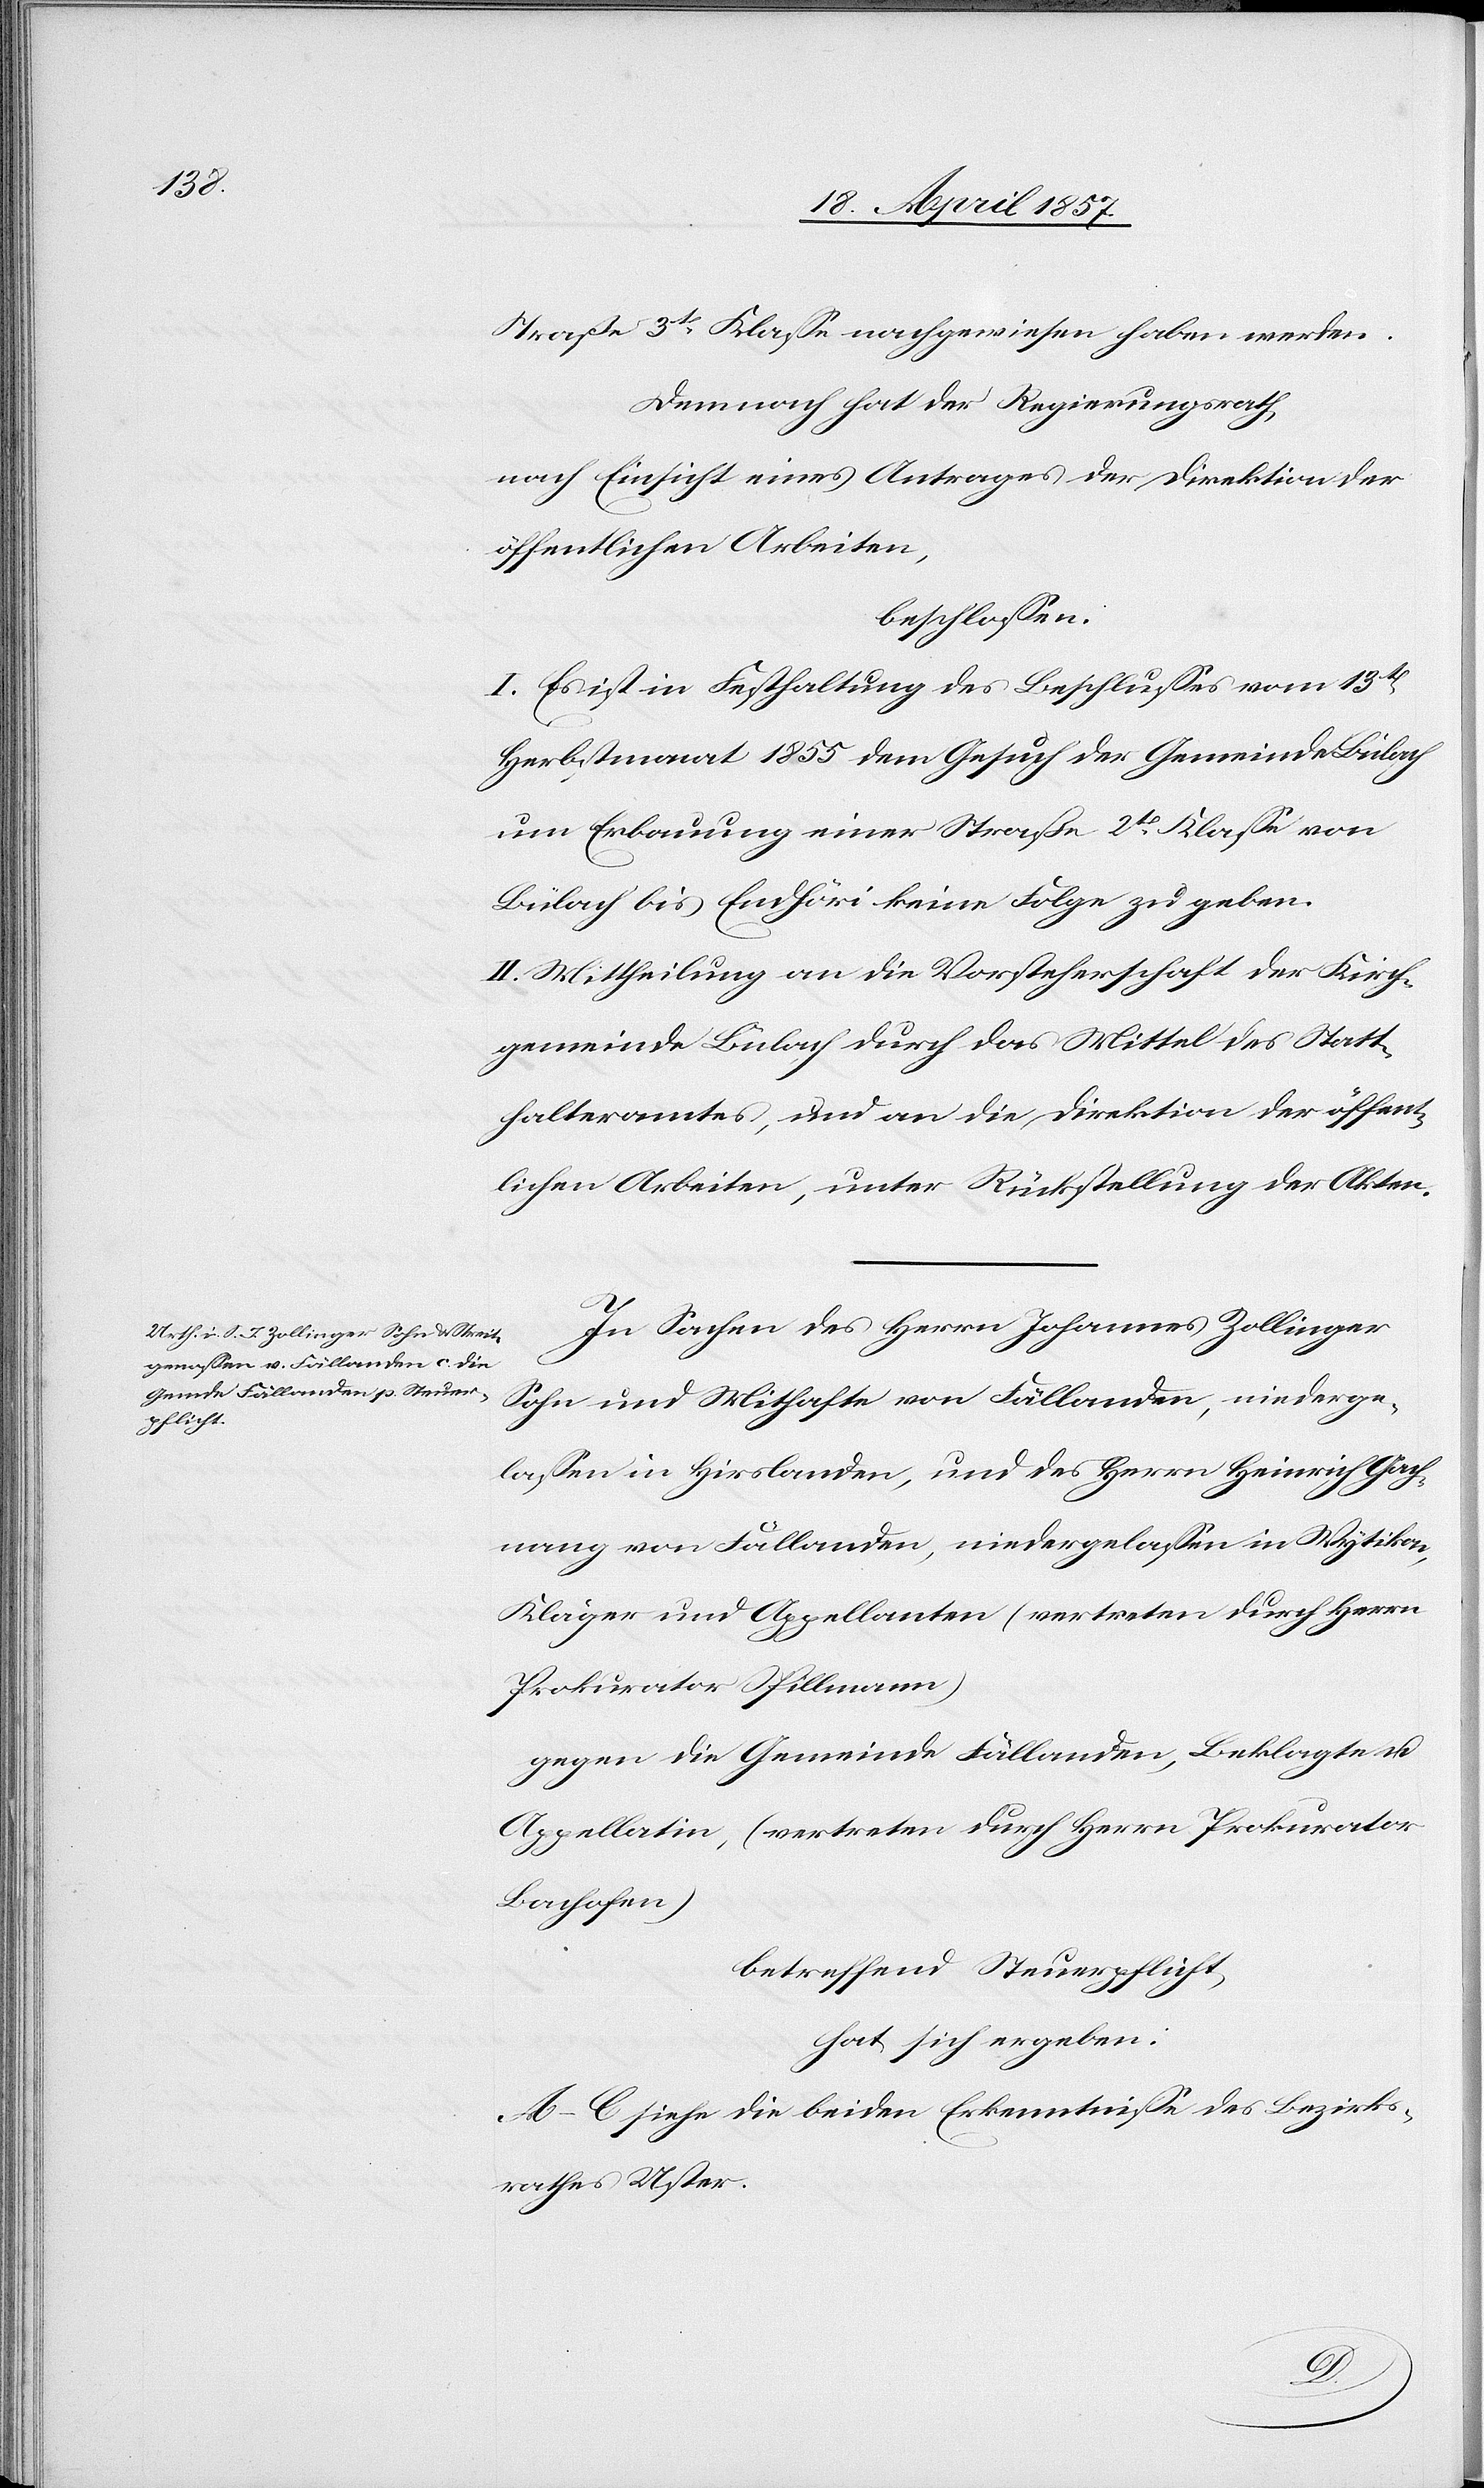
Straße 3t Klasse nachgewiesen haben werden.
Demnach hat der Regierungsrath
nach Einsicht eines Antrages der Direktion der
öffentlichen Arbeiten,
beschlossen:
I. Es ist in Festhaltung des Beschlusses vom 13t
Herbstmonat 1855 dem Gesuch der Gemeinde Bülach
um Erbauung einer Straße 2t Klasse von
Bülach bis Endhöri keine Folge zu geben.
II. Mittheilung an die Vorsteherschaft der Kirch¬
gemeinde Bülach durch das Mittel des Statt¬
halteramtes, und an die Direktion der öffen¬
tlichen Arbeiten, unter Rückstellung der Akten.
In Sachen des Herrn Johannes Zollinger
Sohn und Mithafte von Fällanden, niederge¬
lassen in Hirslanden, und des Herrn Heinrich Gach¬
nang von Fällanden, niedergelassen in Wytikon,
Kläger und Appellanten (vertreten durch Herrn
Prokurator Spillmann)
gegen die Gemeinde Fällanden, Beklagte u.
Appellatin, (vertreten durch Herrn Prokurator
Bachofen)
betreffend Steuerpflicht,
hat sich ergeben:
A–C siehe die beiden Erkenntnisse des Bezirks¬
rathes Uster.